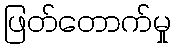
ဖြတ်တောက်မှု